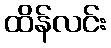
ထိန်လင်း